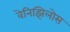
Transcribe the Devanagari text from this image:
वेनिझिलोस